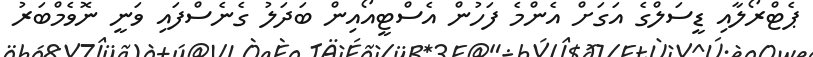
ޕެޓްރޯލާއި ޑީސަލްގެ އަގަށް އެންމެ ފަހުން އެސްޓީއޯއިން ބަދަލު ގެނެސްފައި ވަނީ ނޮވެމްބަރު